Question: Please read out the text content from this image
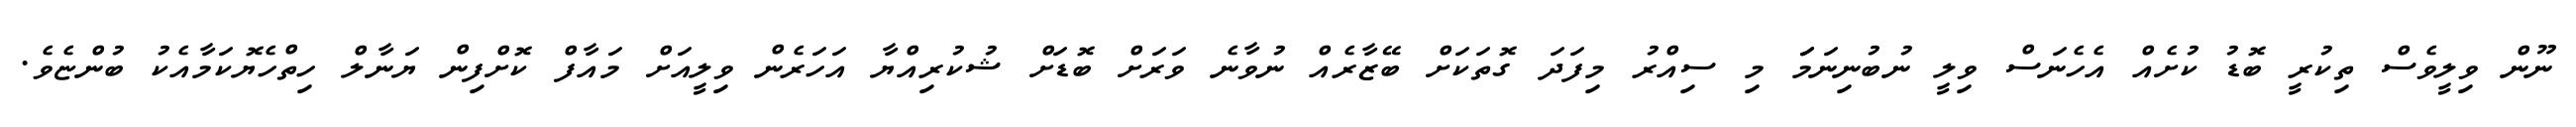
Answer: ނޫން ވިލީވެސް ތިކުރީ ބޮޑު ކުށެއް އެހެނަސް ވިލީ ނުބުނިނަމަަ މި ސިއްރު މިފަދަ ގޮތަކަށް ބޭޒާރެއް ނުވާނެ ވަރަށް ބޮޑަށް ޝުކުރިއްޔާ އަހަރެން ވިލީއަށް މައާފް ކޮށްފިން ޔަނާލް ހިތްހެޔޮކަމާއެކު ބުންޏެވެ.